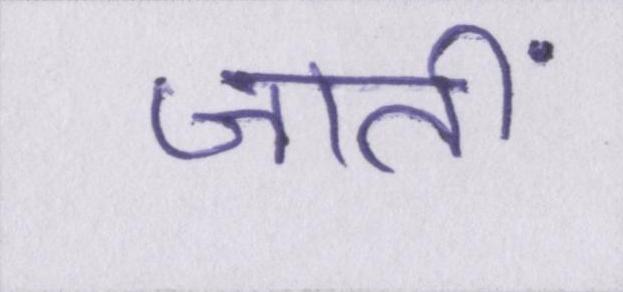
जातीं